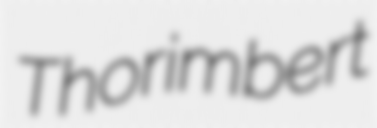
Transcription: Thorimbert